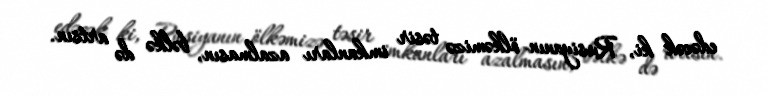
edəcək ki, Rusiyanın ölkəmizə təsir imkanları azalmasın, bəlkə də artsın.